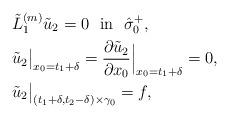
LaTeX: \begin{align*} &\tilde L_1^{(m)}\tilde u_2=0\ \ \mbox{in}\ \ \hat\sigma_0^+, \\ &\tilde u_2\big|_{x_0=t_1+\delta}=\frac{\partial\tilde u_2}{\partial x_0}\Big|_{x_0=t_1+\delta}=0, \\ &\tilde u_2\big|_{(t_1+\delta,t_2-\delta)\times\gamma_0}=f, \end{align*}